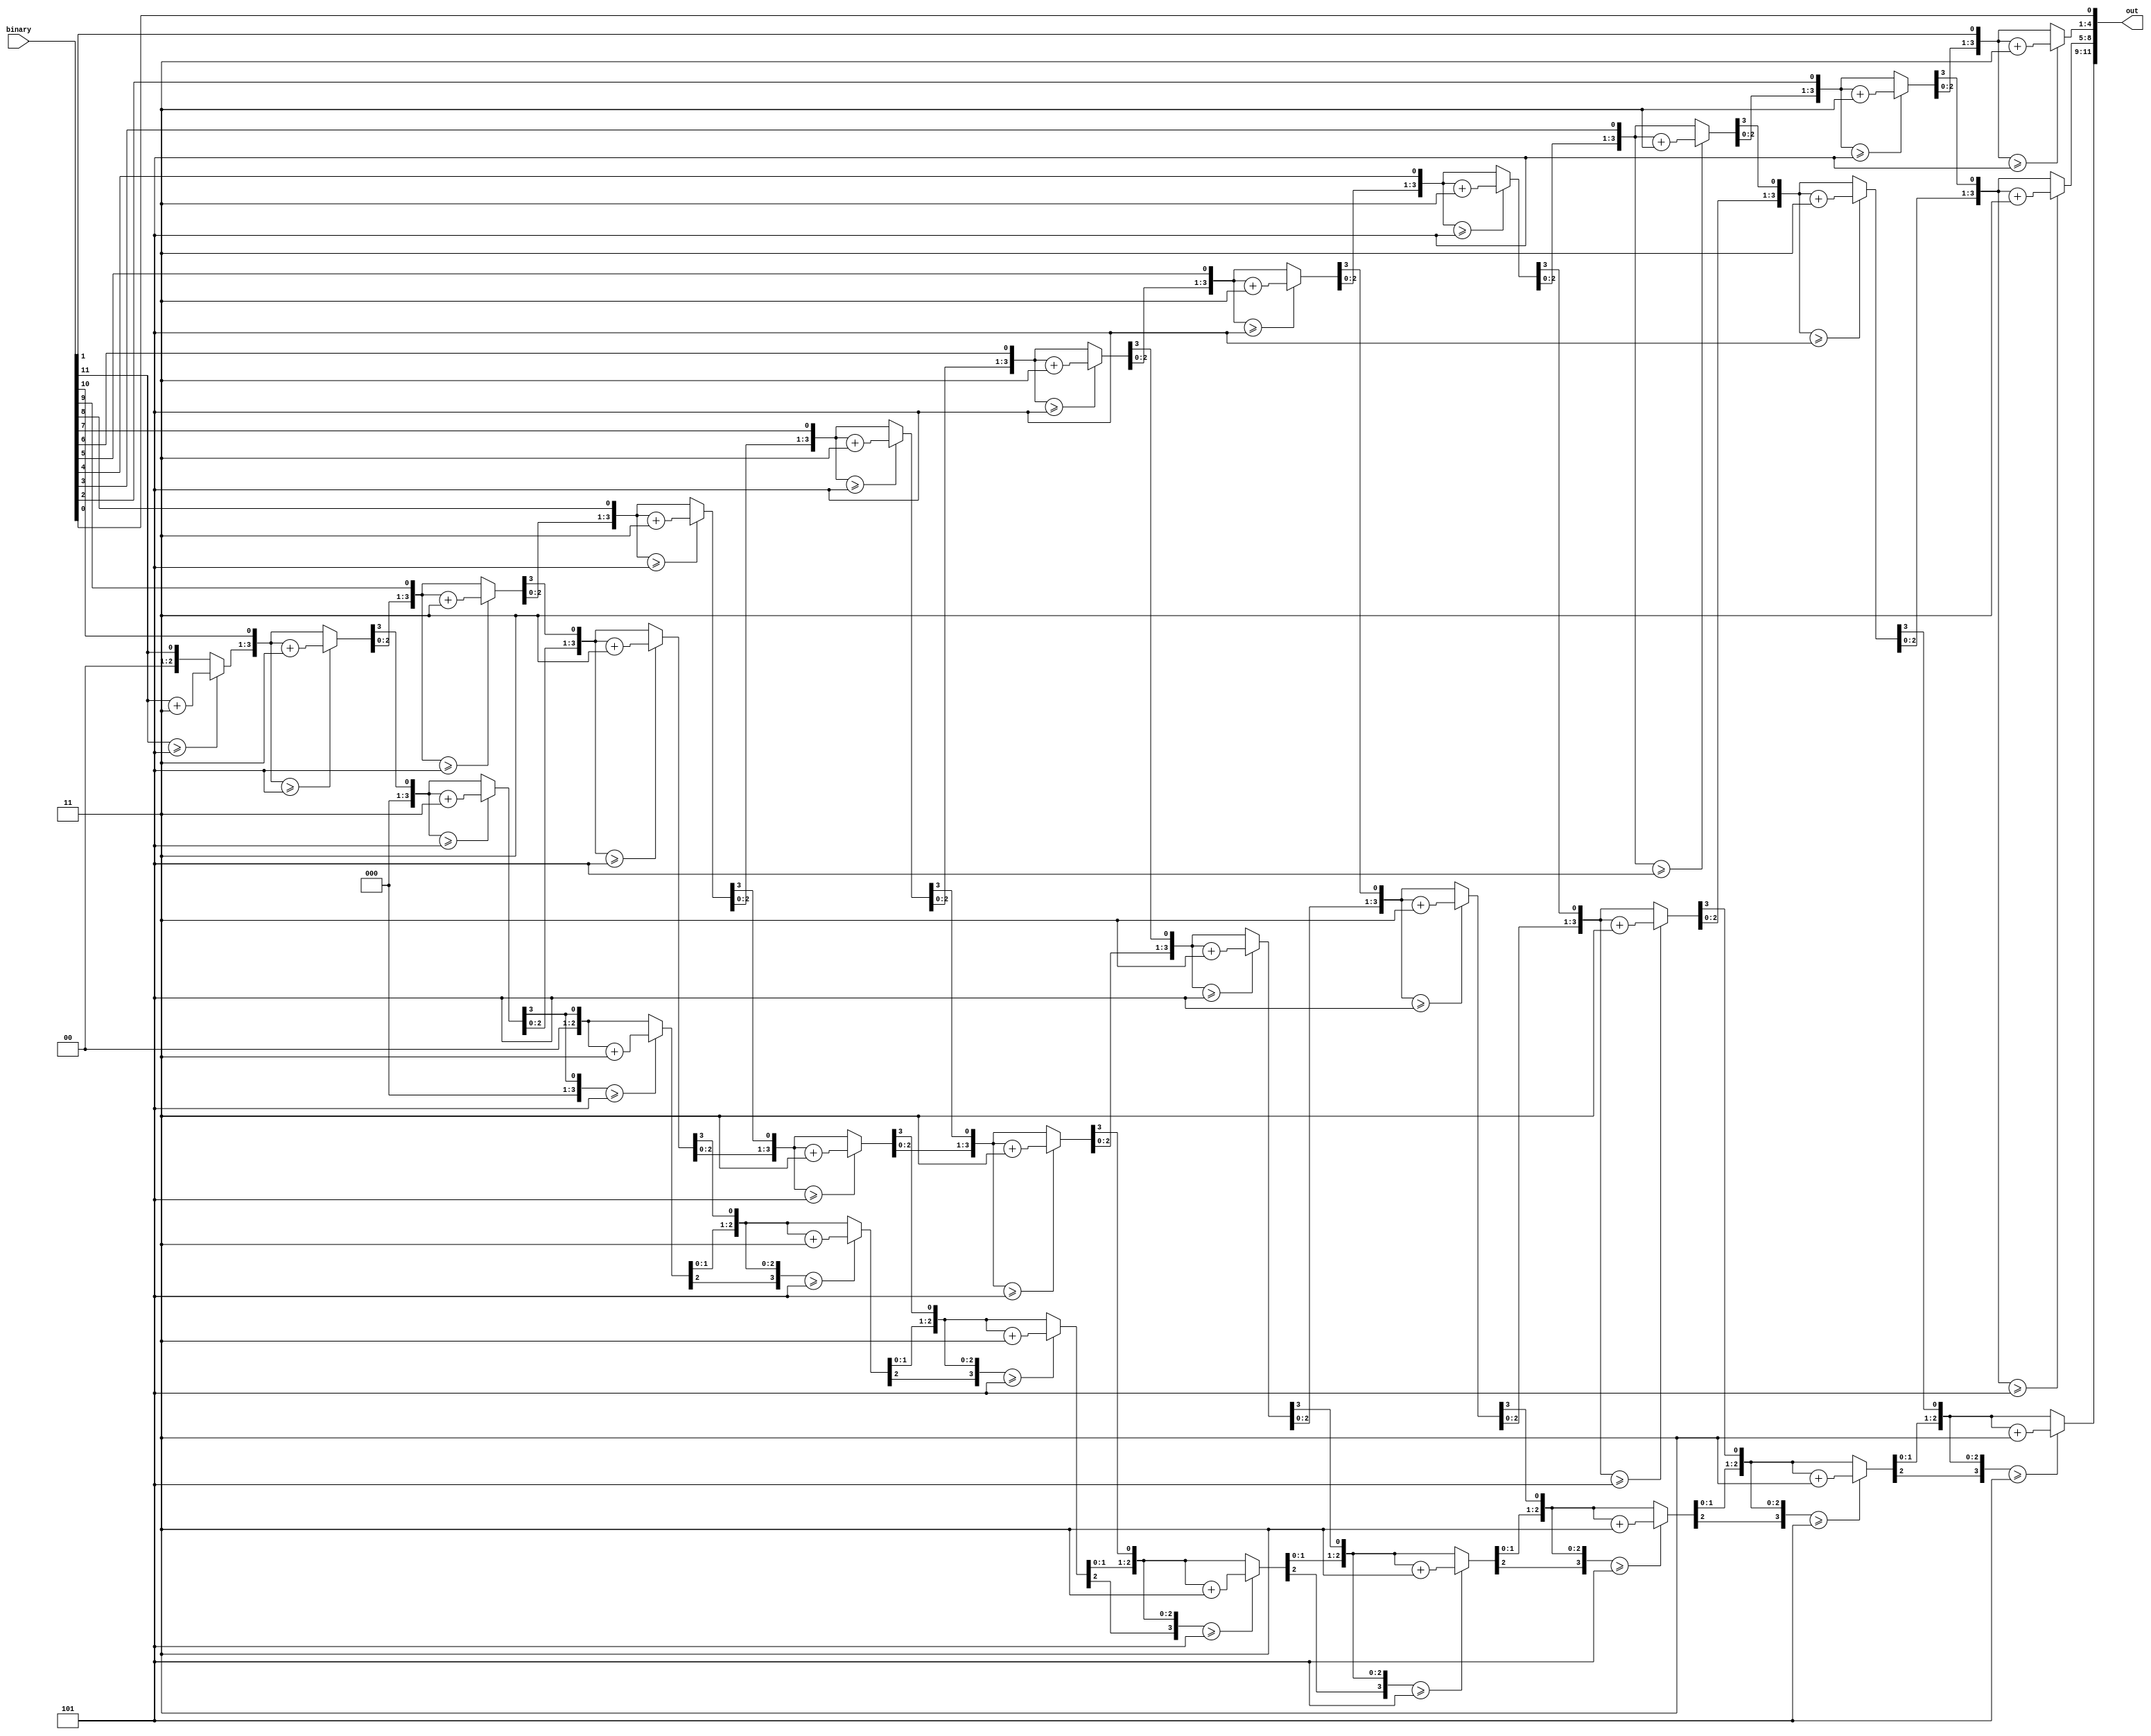
// Christopher Hays
// 12-bit binary to BCD converter
// Uses the "shift and add 3" algorithm

module bcd (input [11:0] binary,
			output reg [11:0] out
		   );
		   
	reg [3:0] hundreds;		// holds the bcd values
	reg [3:0] tens;
	reg [3:0] ones;
	
	
	integer i;
	always @(binary) begin	// always on input change
		hundreds = 4'd0;
		tens = 4'd0;
		ones = 4'd0;
		
		for (i = 11; i>=0; i=i-1) begin  	// for all 12 bits
			if (hundreds >= 5)			 	// check if the column has a value >= 5
				hundreds = hundreds + 3;	// if so, add 3
			if (tens >= 5)					// check tens
				tens = tens + 3;
			if (ones >= 5)					// check ones
				ones = ones + 3;
			hundreds = hundreds << 1;		// shift all values left by one bit
			hundreds[0] = tens[3];
			tens = tens << 1;
			tens[0] = ones[3];
			ones = ones << 1;
			ones[0] = binary[i];			// lsb comes from the input, location i
		end
		
		out = {hundreds[3:0],tens[3:0],ones[3:0]};  // concatenate output
	end
endmodule